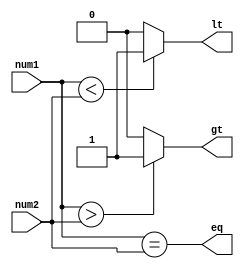
module two_bit_comparator (
    input [1:0] num1,
    input [1:0] num2,
    output eq,
    output gt,
    output lt
);

assign eq = (num1 == num2);
assign gt = ((num1 > num2) ? 1'b1 : 1'b0);
assign lt = ((num1 < num2) ? 1'b1 : 1'b0);

endmodule